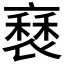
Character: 𧛿